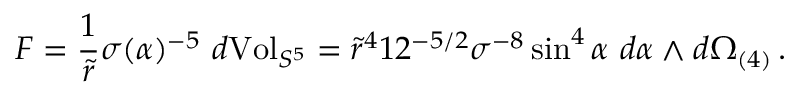
F = \frac { 1 } { \tilde { r } } \sigma ( \alpha ) ^ { - 5 } \ d \mathrm { V o l } _ { S ^ { 5 } } = \tilde { r } ^ { 4 } 1 2 ^ { - 5 / 2 } \sigma ^ { - 8 } \sin ^ { 4 } \alpha \ d \alpha \wedge d \Omega _ { ( 4 ) } \, .